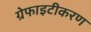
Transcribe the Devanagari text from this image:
ग्रेफाइटीकरण